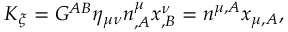
K _ { \xi } = G ^ { A B } \eta _ { \mu \nu } n _ { , A } ^ { \mu } x _ { , B } ^ { \nu } = n ^ { \mu , A } x _ { \mu , A } ,